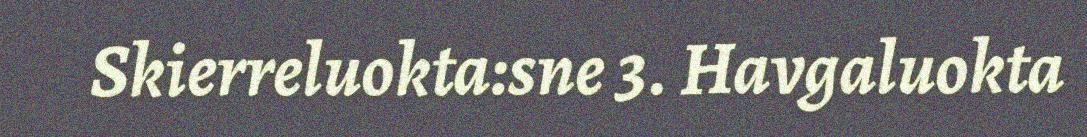
Skierreluokta:sne 3. Havgaluokta